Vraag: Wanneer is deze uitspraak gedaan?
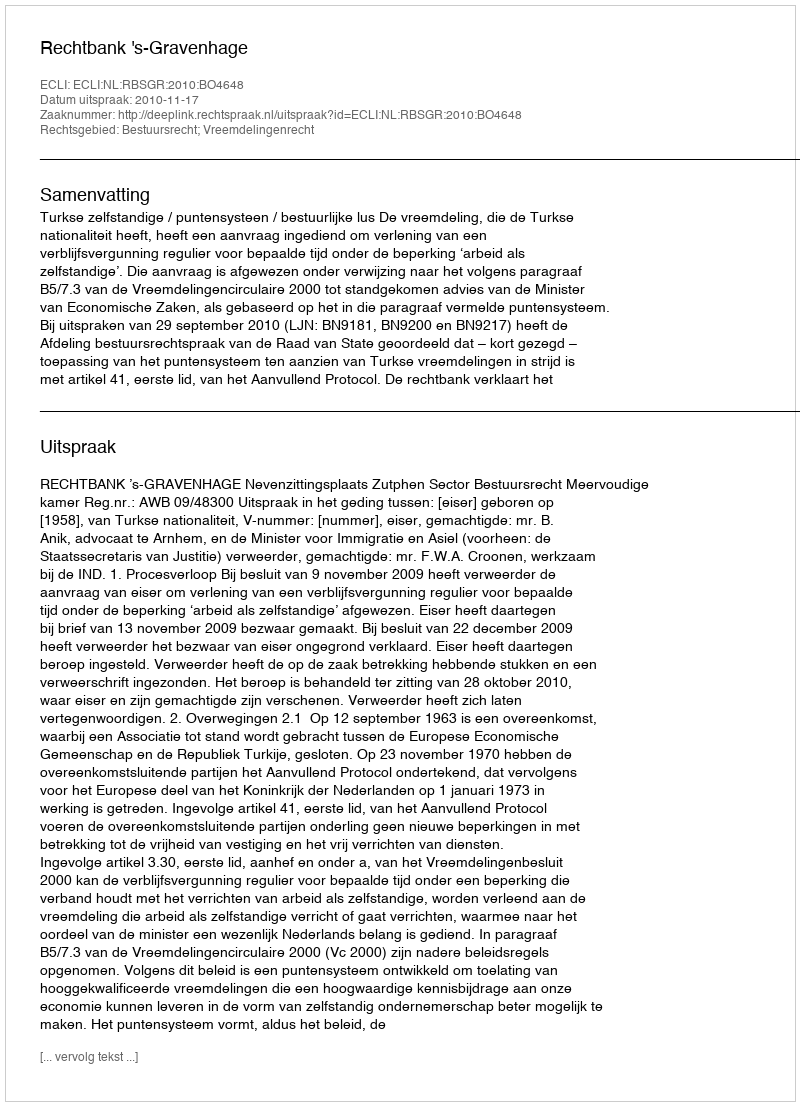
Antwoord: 2010-11-17